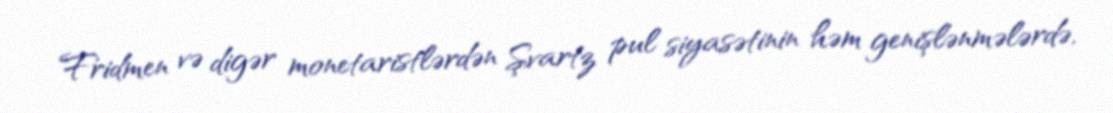
Fridmen və digər monetaristlərdən Şvartz pul siyasətinin həm genişlənmələrdə,